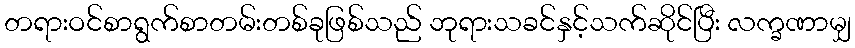
တရားဝင်စာရွက်စာတမ်းတစ်ခုဖြစ်သည် ဘုရားသခင်နှင့်သက်ဆိုင်ပြီး လက္ခဏာမျှ